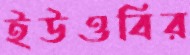
ইউওবির